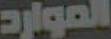
الموارد